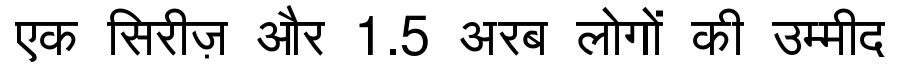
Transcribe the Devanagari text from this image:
एक सिरीज़ और 1.5 अरब लोगों की उम्मीद